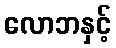
လောဘနှင့်